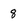
Character: 8